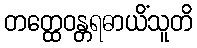
တတ္ထေဝန္တရဓာယိံသူတိ